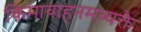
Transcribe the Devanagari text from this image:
किमावाहनमव्यक्तै